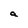
Character: a